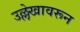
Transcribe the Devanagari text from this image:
उल्लेखावरून